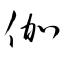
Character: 伽